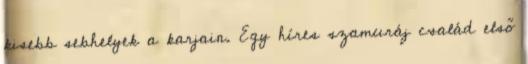
kisebb sebhelyek a karjain. Egy híres szamuráj család első